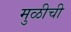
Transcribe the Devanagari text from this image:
मुळीची